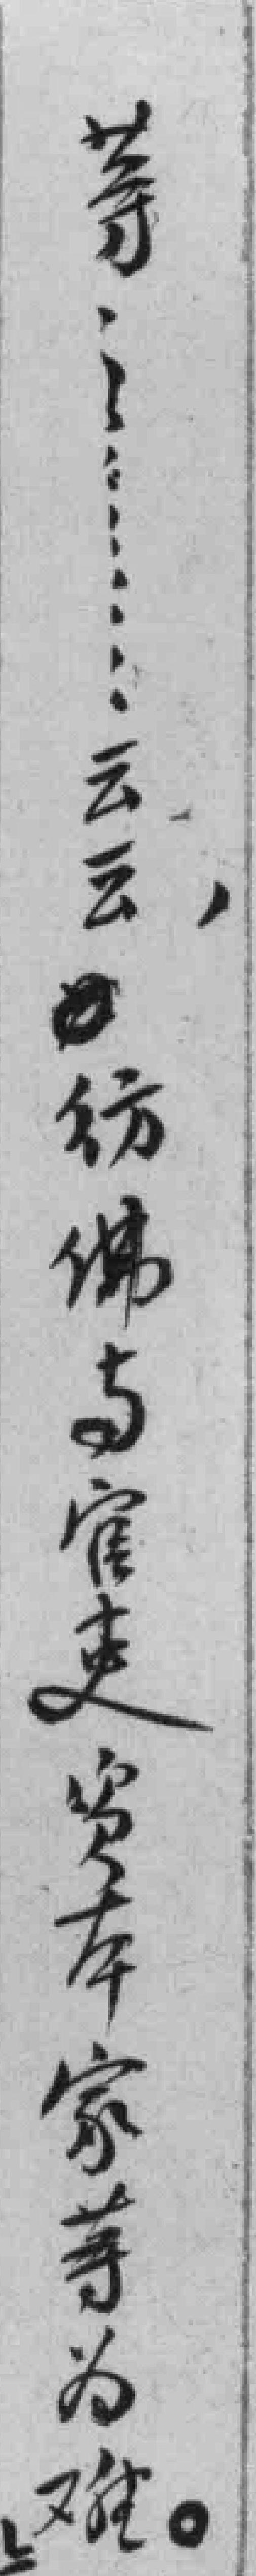
等，……云云，仿佛当官吏资本家等为难。